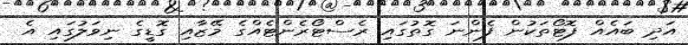
އަދި ބައެއް ފޮޓޯތަކުން ފެންނަ ގޮތުގައި ރެސްޓޯރެންޓެއްގެ މޭޒާއި ގޮޑީގެ ނިވަލުގައި އެ